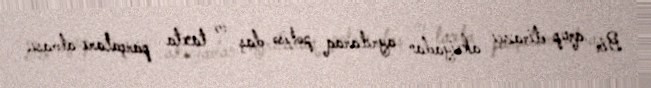
Bir qrup etirazçı aksiyadan ayrılaraq polisə daş və taxta parçaları atması,